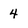
Character: 4